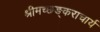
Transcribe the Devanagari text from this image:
श्रीमच्छङ्कराचार्य